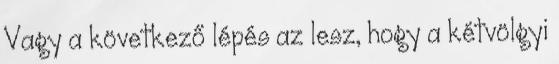
Vagy a következő lépés az lesz, hogy a kétvölgyi